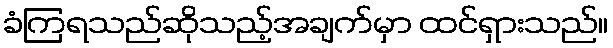
ခံကြရသည်ဆိုသည့်အချက်မှာ ထင်ရှားသည်။